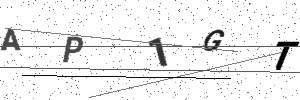
Text: AP1GT